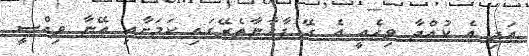
އަދި އެ ކުއްޖާ ވިހެއީ އެ ގޭ ފާހާނާތެރޭގައި ކަމަށާއި އޭނާ ވިއްސީ